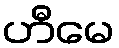
ဟီမေ